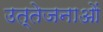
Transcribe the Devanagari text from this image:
उत्तेजनाआें